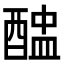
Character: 𨡵